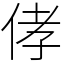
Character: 侾